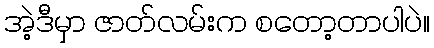
အဲ့ဒီမှာ ဇာတ်လမ်းက စတော့တာပါပဲ။